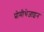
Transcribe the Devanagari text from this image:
प्रोमीथेजाइन